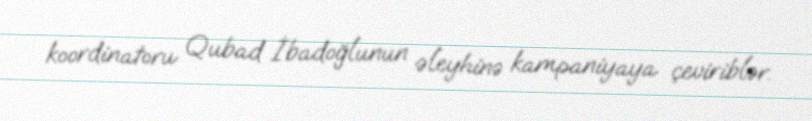
koordinatoru Qubad İbadoğlunun əleyhinə kampaniyaya çeviriblər.